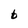
Character: t